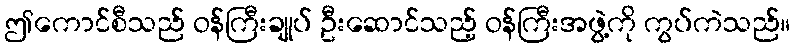
ဤကောင်စီသည် ဝန်ကြီးချုပ် ဦးဆောင်သည့် ဝန်ကြီးအဖွဲ့ကို ကွပ်ကဲသည်။